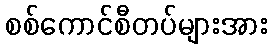
စစ်ကောင်စီတပ်များအား